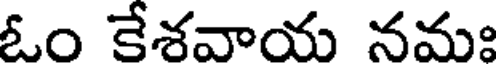
ఓం కేశవాయ నమః